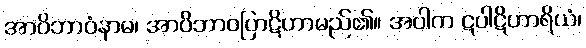
အာဝိဘာဝံနာမ၊ အာဝိဘာဝပြာဋိဟာမည်၏။ အပါက ဋပါဋိဟာရိယံ၊